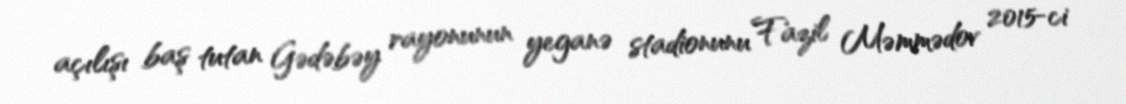
açılışı baş tutan Gədəbəy rayonunun yeganə stadionunu Fazil Məmmədov 2015-ci